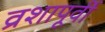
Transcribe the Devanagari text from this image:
व्रशापूर्वी